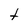
Character: t